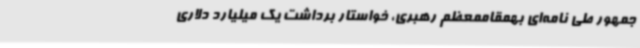
جمهور طی نامه‌ای بهمقاممعظم رهبری، خواستار برداشت یک میلیارد دلاری